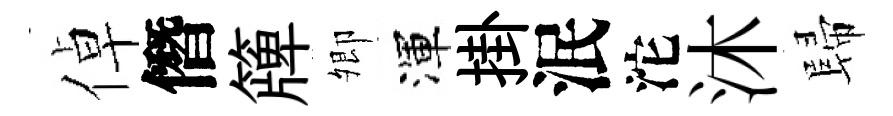
倬僭簰𡖖渾掛泯沱沐歸